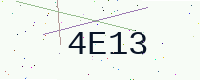
Text: 4E13